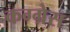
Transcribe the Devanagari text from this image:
कग्ग्रेस